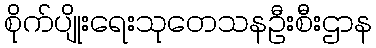
စိုက်ပျိုးရေးသုတေသနဦးစီးဌာန